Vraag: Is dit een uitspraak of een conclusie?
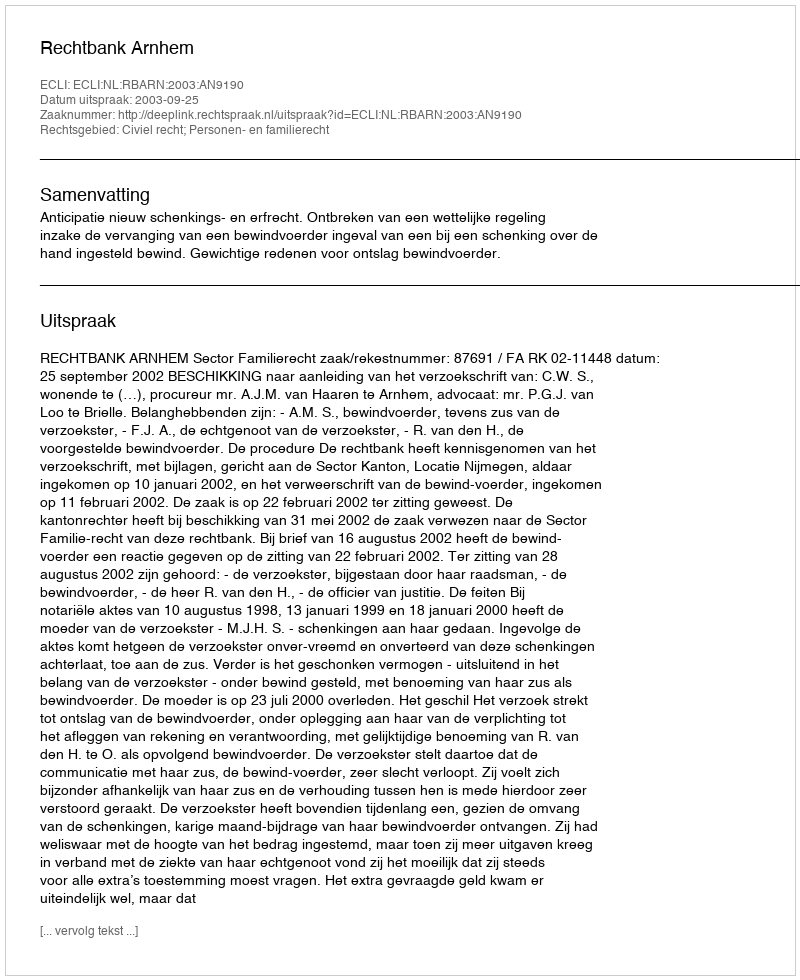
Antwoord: Uitspraak